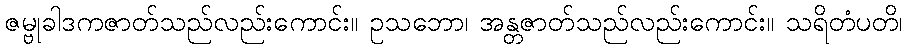
ဇမ္ဗုခါဒကဇာတ်သည်လည်းကောင်း။ ဥသဘော၊ အန္တဇာတ်သည်လည်းကောင်း။ သရိတံပတိ၊